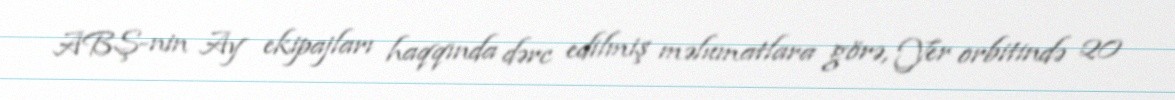
ABŞ-nin Ay ekipajları haqqında dərc edilmiş məlumatlara görə, Yer orbitində 20